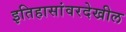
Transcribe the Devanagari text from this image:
इतिहासांवरदेखील